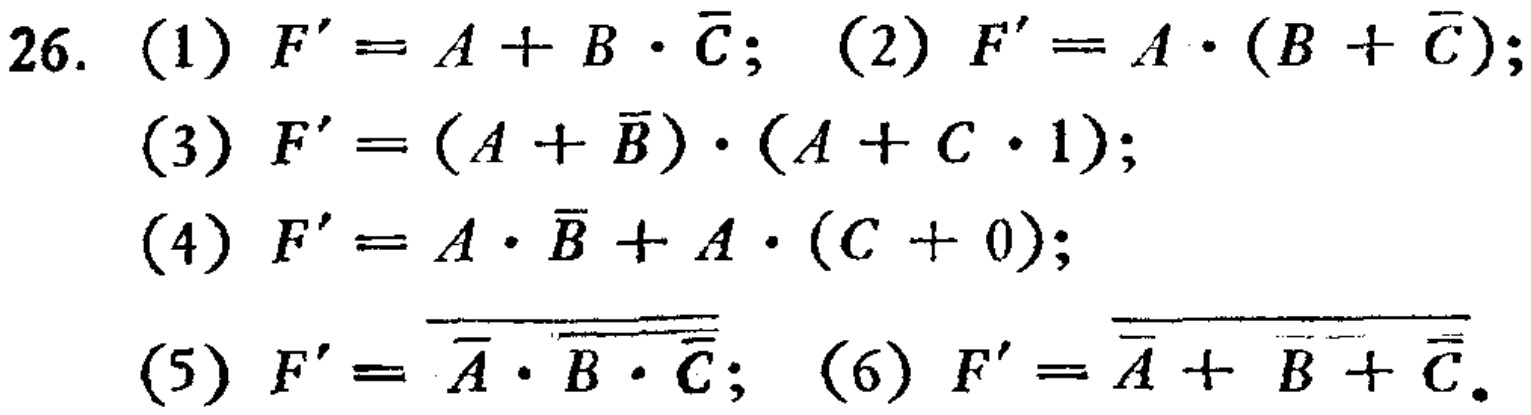
26. (1) \(F' = A + B\cdot\overline{C}\); (2) \(F' = A\cdot(B + \overline{C})\);

(3) \(F'=(A + \overline{B})\cdot(A + C\cdot1)\);

(4) \(F' = A\cdot\overline{B}+A\cdot(C + 0)\);

(5) \(F'=\overline{\overline{A}\cdot\overline{B}\cdot\overline{C}}\); (6) \(F'=\overline{\overline{A}+\overline{B}+\overline{C}}\)